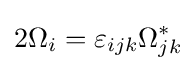
2\Omega _{i}=\varepsilon _{ijk}\Omega _{jk}^{*}